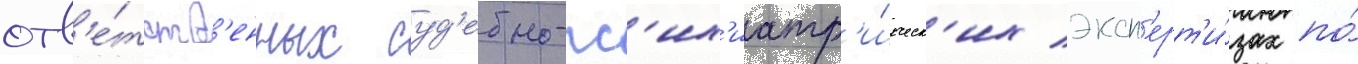
отв'е́тств'енных суд'ебно-пс'их'иатр'и́ческ'их эксп'ерт'и́зах по́